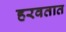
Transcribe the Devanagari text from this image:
हरवतात